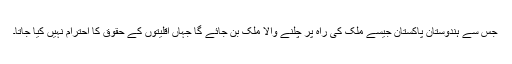
جس سے ہندوستان پاکستان جیسے ملک کی راہ پر چلنے والا ملک بن جائے گا جہاں اقلیتوں کے حقوق کا احترام نہیں کیا جاتا۔